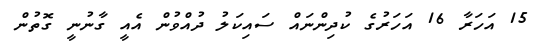
15 އަހަރާ 16 އަހަރުގެ ކުދިންނައް ސައިކަލު ދުއްވުން އެއީ ގާނުނީ ގޮތުން